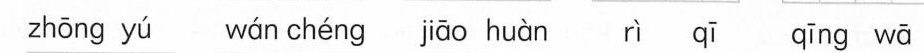
zhōng yú wán chéng jiāo huàn rì qī qīng wā